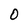
Character: O